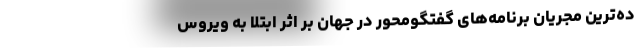
ده‌ترین مجریان برنامه‌های گفتگومحور در جهان بر اثر ابتلا به ویروس